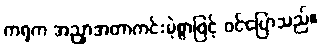
ကရုက အညှာအတာကင်းမဲ့စွာဖြင့် ဝင်ပြောသည်။